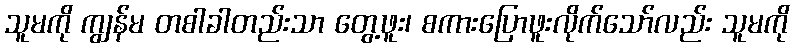
သူမကို ကျွန်မ တစါခါတည်းသာ တွေ့ဖူး၊ စကားပြောဖူးလိုက်သော်လည်း သူမကို